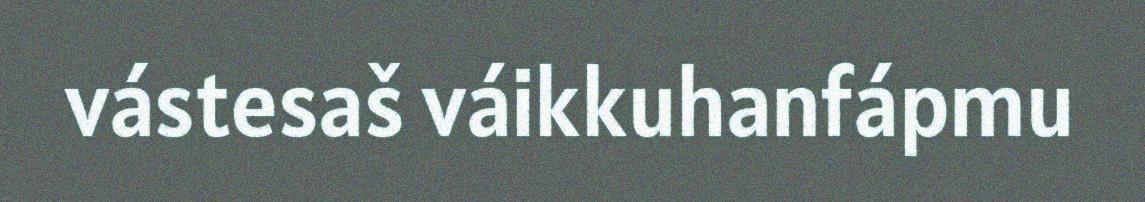
vástesaš váikkuhanfápmu